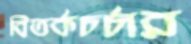
বিতর্কচর্চার